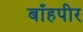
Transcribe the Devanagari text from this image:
बाँहपीर